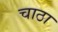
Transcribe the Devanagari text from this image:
चाठा